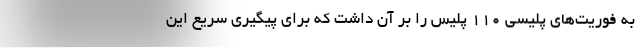
به فوریت‌های پلیسی ۱۱۰ پلیس را بر آن داشت که برای پیگیری سریع این